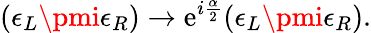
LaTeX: (\epsilon_{L}\pmi\epsilon_{R})\rightarrow\mathrm{e}^{i{\frac{{\alpha}}{{2}}}}(\epsilon_{L}\pmi\epsilon_{R}).